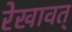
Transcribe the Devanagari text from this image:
रेखावत्‌